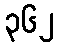
၃၆၂